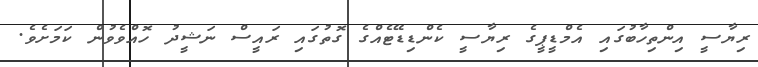
ރިޔާސީ އިންތިހާބުގައި އެމްޑީޕީގެ ރިޔާސީ ކެންޑިޑޭޓެއްގެ ގޮތުގައި ރައީސް ނަޝީދު ހޮއްވެވުން ކަމަށެވެ.